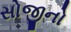
સોજીનો